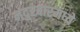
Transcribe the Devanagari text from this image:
नंदुरबारमध्ये